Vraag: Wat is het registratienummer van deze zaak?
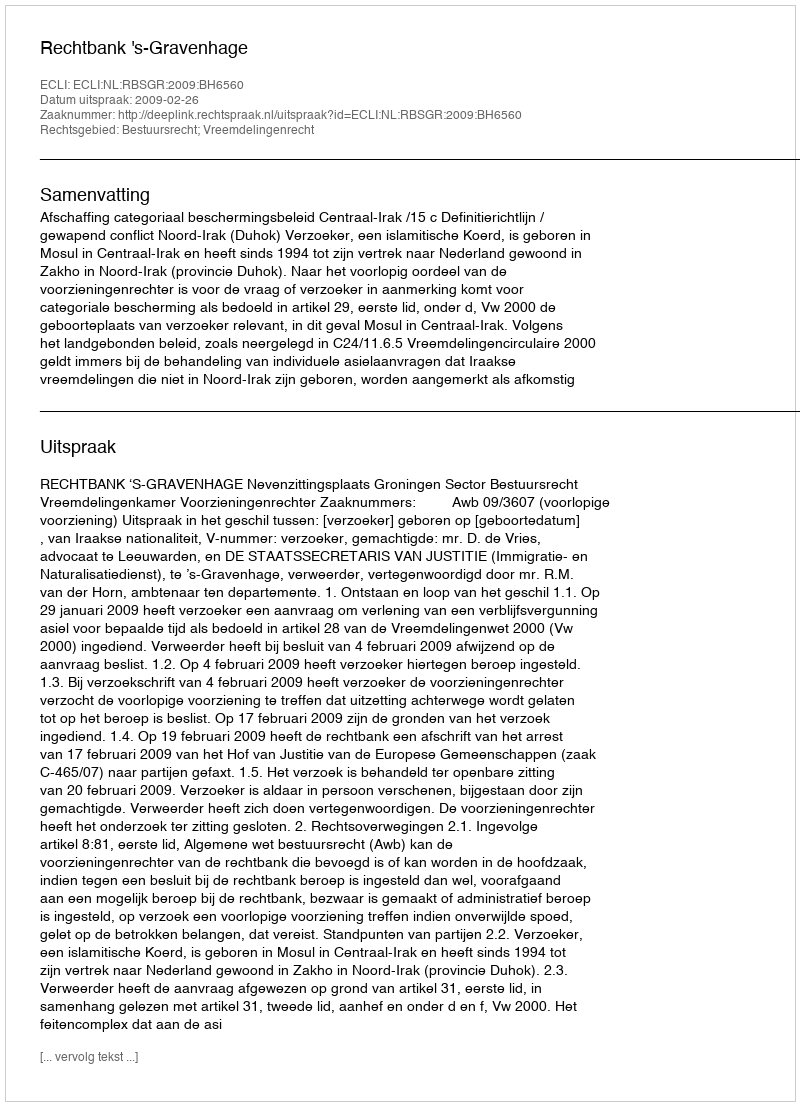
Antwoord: http://deeplink.rechtspraak.nl/uitspraak?id=ECLI:NL:RBSGR:2009:BH6560